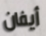
أيفان